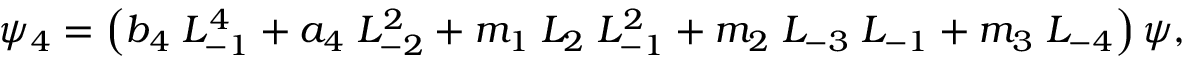
\psi _ { 4 } = \left( b _ { 4 } \; L _ { - 1 } ^ { 4 } + a _ { 4 } \; L _ { - 2 } ^ { 2 } + m _ { 1 } \; L _ { 2 } \; L _ { - 1 } ^ { 2 } + m _ { 2 } \; L _ { - 3 } \; L _ { - 1 } + m _ { 3 } \; L _ { - 4 } \right) \psi ,